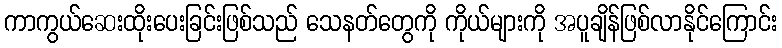
ကာကွယ်ဆေးထိုးပေးခြင်းဖြစ်သည် သေနတ်တွေကို ကိုယ်များကို အပူချိန်ဖြစ်လာနိုင်ကြောင်း